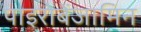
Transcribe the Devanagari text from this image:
पाइरोबेंजामिन